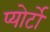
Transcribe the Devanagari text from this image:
प्योर्टो